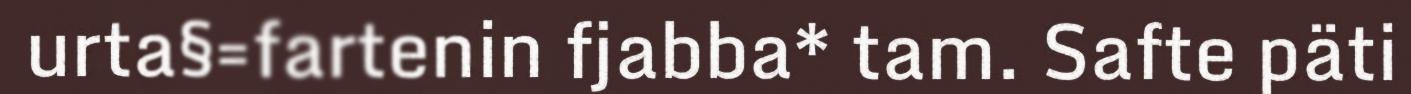
urta§=fartenin fjabba* tam. Safte päti